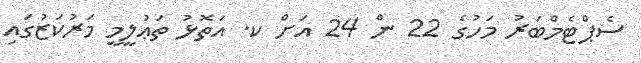
ސެޕްޓެމްބަރު މަހުގެ 22 ން 24 އަށް ކ. އަތޮޅު ތަޢުލީމީ މަރުކަޒުގައި